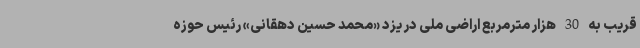
قریب به 30 هزار مترمربع اراضی ملی در یزد «محمد حسین دهقانی» رئیس حوزه